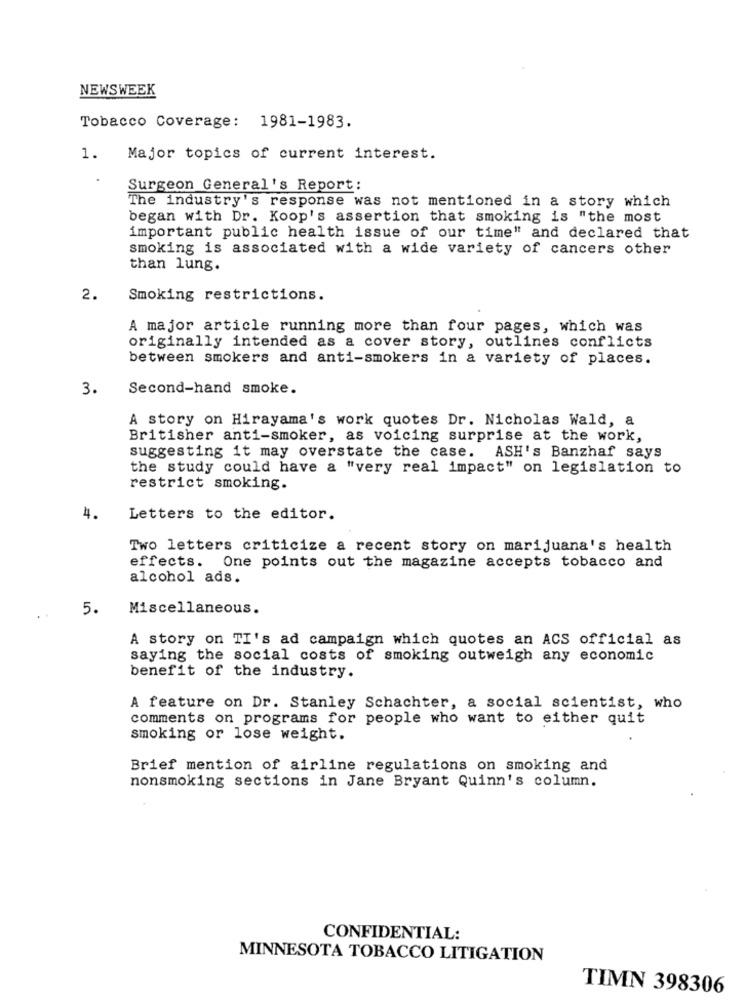
NEWSWEEK
Tobacco Coverage: 1981-1983.
1.
Major topics of current interest.
Surgeon General's Report:
The industry's response was not mentioned in a story which
began with Dr. Koop's assertion that smoking is "the most
important public health issue of our time" and declared that
smoking is associated with a wide variety of cancers other
than lung.
2.
Smoking restrictions.
A major article running more than four pages, which was
originally intended as a cover story, outlines conflicts
between smokers and anti-smokers in a variety of places.
3.
Second-hand smoke.
A story on Hirayama's work quotes Dr. Nicholas Wald, a
Britisher anti-smoker, as voicing surprise at the work,
suggesting it may overstate the case. ASH's Banzhaf says
the study could have a "very real impact" on legislation to
restrict smoking.
4.
Letters to the editor.
Two letters criticize a recent story on marijuana's health
effects. One points out the magazine accepts tobacco and
alcohol ads.
5.
Miscellaneous.
A story on TI's ad campaign which quotes an ACS official as
saying the social costs of smoking outweigh any economic
benefit of the industry.
A feature on Dr. Stanley Schachter, a social scientist, who
comments on programs for people who want to either quit
smoking or lose weight.
Brief mention of airline regulations on smoking and
nonsmoking sections in Jane Bryant Quinn's column.
CONFIDENTIAL:
MINNESOTA TOBACCO LITIGATION
TIMN 398306